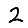
Digit: 2